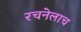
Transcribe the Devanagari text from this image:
रचनेलाच